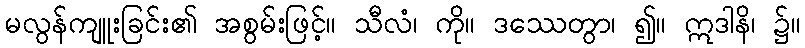
မလွန်ကျူးခြင်း၏ အစွမ်းဖြင့်။ သီလံ၊ ကို။ ဒဿေတွာ၊ ၍။ ဣဒါနိ၊ ၌။